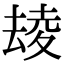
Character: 𡕮